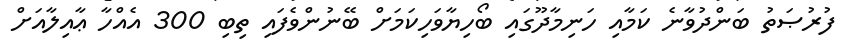
ފުރުޞަތު ބަންދުވާނެ ކަމާއި ހަނިމާދޫގައި ބޯހިޔާވަހިކަމަށް ބޭނުންވެފައި ތިބި 300 އެއްހާ ޢާއިލާއަށް